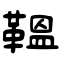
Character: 鞰